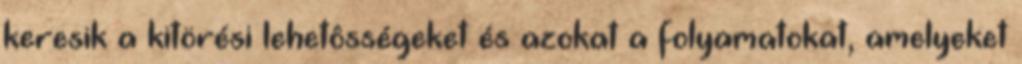
keresik a kitörési lehetôsségeket és azokat a folyamatokat, amelyeket